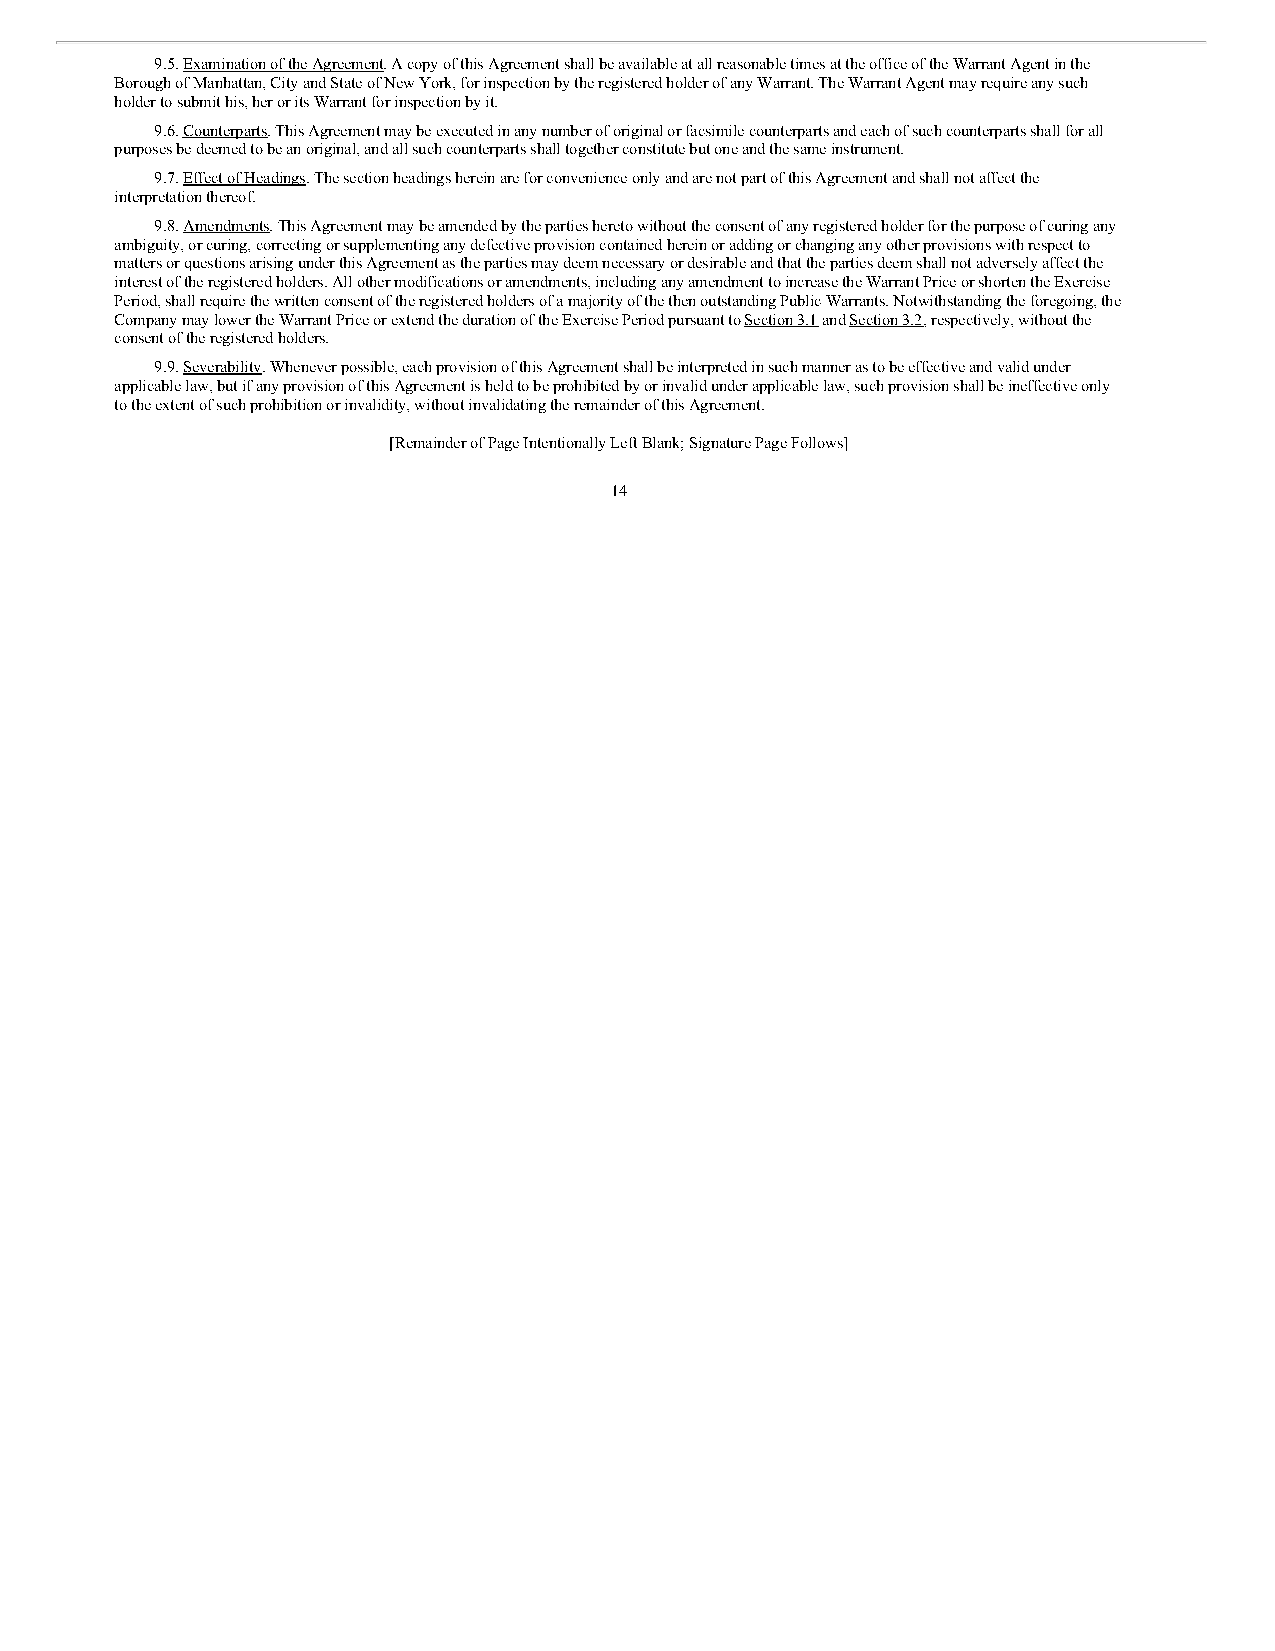
9.5. Examination of the Agreement. A copy of this Agreement shall be available at all reasonable times at the office of the Warrant Agent in the
 Borough of Manhattan, City and State of New York, for inspection by the registered holder of any Warrant. The Warrant Agent may require any such
 holder to submit his, her or its Warrant for inspection by it.
 9.6. Counterparts. This Agreement may be executed in any number of original or facsimile counterparts and each of such counterparts shall for all
 purposes be deemed to be an original, and all such counterparts shall together constitute but one and the same instrument.
 9.7. Effect of Headings. The section headings herein are for convenience only and are not part of this Agreement and shall not affect the
 interpretation thereof.
 9.8. Amendments. This Agreement may be amended by the parties hereto without the consent of any registered holder for the purpose of curing any
 ambiguity, or curing, correcting or supplementing any defective provision contained herein or adding or changing any other provisions with respect to
 matters or questions arising under this Agreement as the parties may deem necessary or desirable and that the parties deem shall not adversely affect the
 interest of the registered holders. All other modifications or amendments, including any amendment to increase the Warrant Price or shorten the Exercise
 Period, shall require the written consent of the registered holders of a majority of the then outstanding Public Warrants. Notwithstanding the foregoing, the
 Company may lower the Warrant Price or extend the duration of the Exercise Period pursuant to Section 3.1 and Section 3.2, respectively, without the
 consent of the registered holders.
 9.9. Severability. Whenever possible, each provision of this Agreement shall be interpreted in such manner as to be effective and valid under
 applicable law, but if any provision of this Agreement is held to be prohibited by or invalid under applicable law, such provision shall be ineffective only
 to the extent of such prohibition or invalidity, without invalidating the remainder of this Agreement.
 [Remainder of Page Intentionally Left Blank; Signature Page Follows]
 14